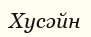
Хусәйн